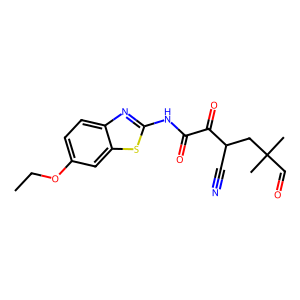
SMILES: CCOc1ccc2nc(NC(=O)C(=O)C(C#N)CC(C)(C)C=O)sc2c1
Inhibits HIV replication: No